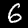
Digit: 6